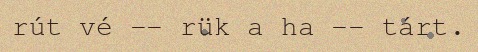
rút vé -- rük a ha -- tárt.